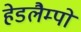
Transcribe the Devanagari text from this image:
हेडलैम्पों